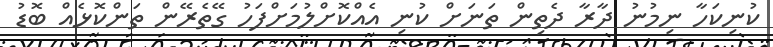
ކުނިކަހާ ނިމުނު ދާރާ ދެތިން ތަނަށް ކުނި އެއްކޮށްލުމަށްފަހު ގޭތެރޭން ތަންކޮޅެއް ބޮޑު